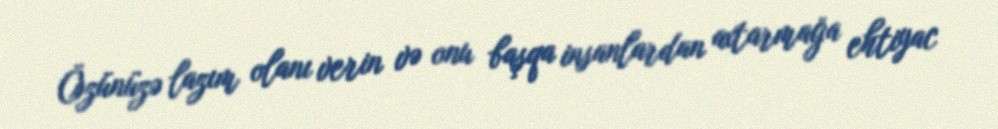
Özünüzə lazım olanı verin və onu başqa insanlardan axtarmağa ehtiyac